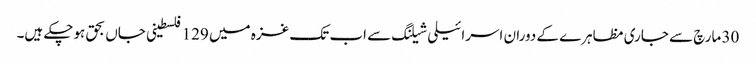
30 مارچ سے جاری مظاہرے کے دوران اسرائیلی شیلنگ سے اب تک غزہ میں 129 فلسطینی جاں بحق ہوچکے ہیں۔